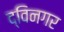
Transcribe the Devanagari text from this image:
द्विनगर